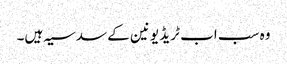
وہ سب اب ٹریڈ یونین کے سدسیہ ہیں۔